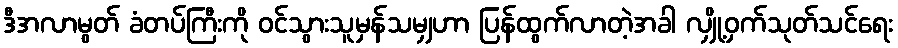
ဒီအလာမွတ် ခံတပ်ကြီးကို ဝင်သွားသူမှန်သမျှဟာ ပြန်ထွက်လာတဲ့အခါ လျှို့ဝှက်သုတ်သင်ရေး